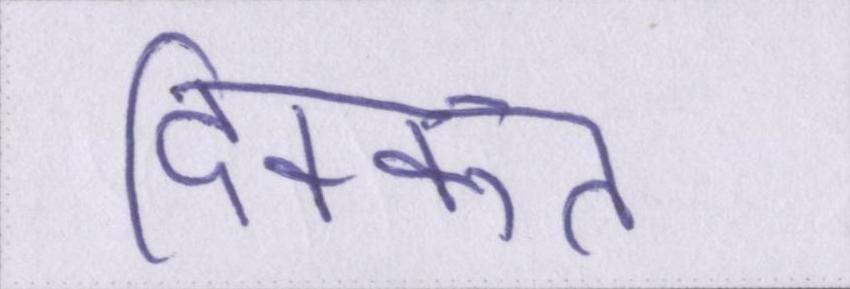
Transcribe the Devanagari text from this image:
दिक्कत